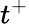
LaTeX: t^{+}